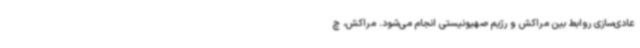
عادی‌سازی روابط بین مراکش و رژیم صهیونیستی انجام می‌شود. مراکش، چ